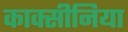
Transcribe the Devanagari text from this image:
काक्सीनिया